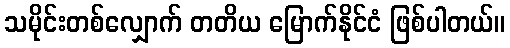
သမိုင်းတစ်လျှောက် တတိယ မြောက်နိုင်ငံ ဖြစ်ပါတယ်။